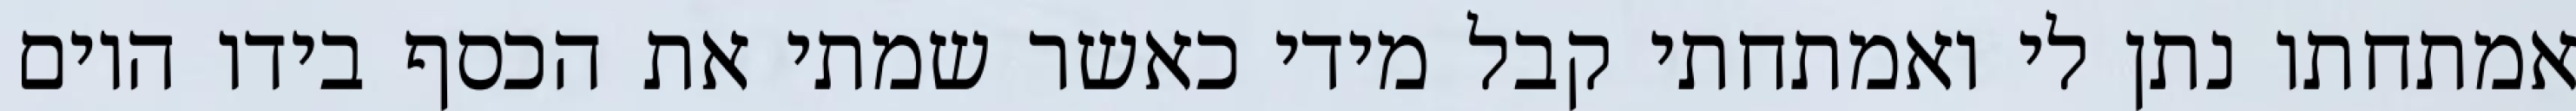
אמתחתו נתן לי ואמתחתי קבל מידי כאשר שמתי את הכסף בידו היום